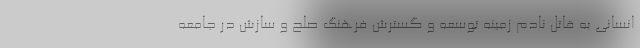
انسانی به قاتل نادم زمینه توسعه و گسترش فرهنگ صلح و سازش در جامعه